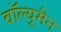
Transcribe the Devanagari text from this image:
वॉल्यूमैन